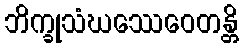
ဘိက္ခုသံဃဿေဝေတန္တိ